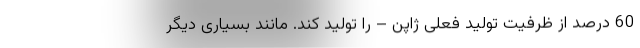
60 درصد از ظرفیت تولید فعلی ژاپن – را تولید کند. مانند بسیاری دیگر